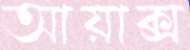
আয়াক্স